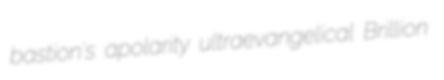
bastion's apolarity ultraevangelical Brillion